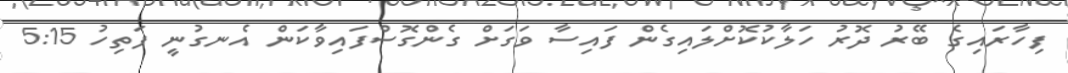
ފިހާރައިގެ ބޭރު ދޮރު ހަލާކުކޮށްލައިގެން ފައިސާ ވަގަށް ގެންގޮސްފައިވާކަން އެނގުނީ ފަތިހު 5:15